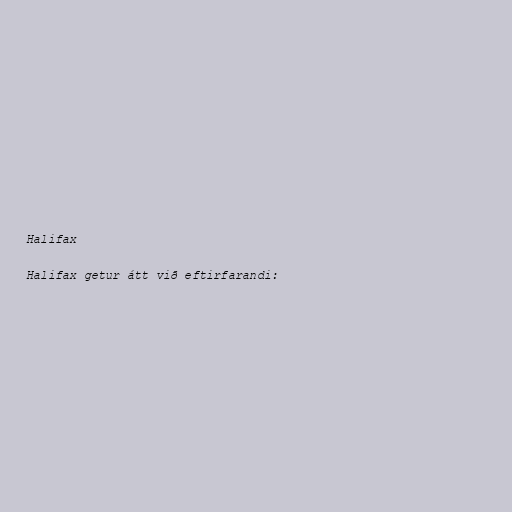
Halifax

Halifax getur átt við eftirfarandi: